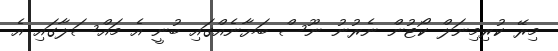
މިރޭ ކުރިމިނަލް ކޯޓުން ނެރުނު ނޫސް ބަޔާނެއްގައި ބުނީ އެ މައްސަލާގައި އެ